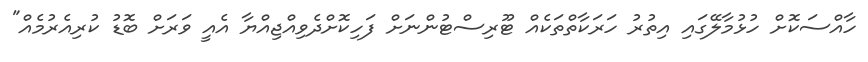
ހާއްސަކޮށް ހުޅުމާލޭގައި އިތުރު ހަރަކާތްތަކެއް ޓޫރިސްޓުންނަށް ފަހިކޮށްދެވިއްޖިއްޔާ އެއީ ވަރަށް ބޮޑު ކުރިއެރުމެއް"